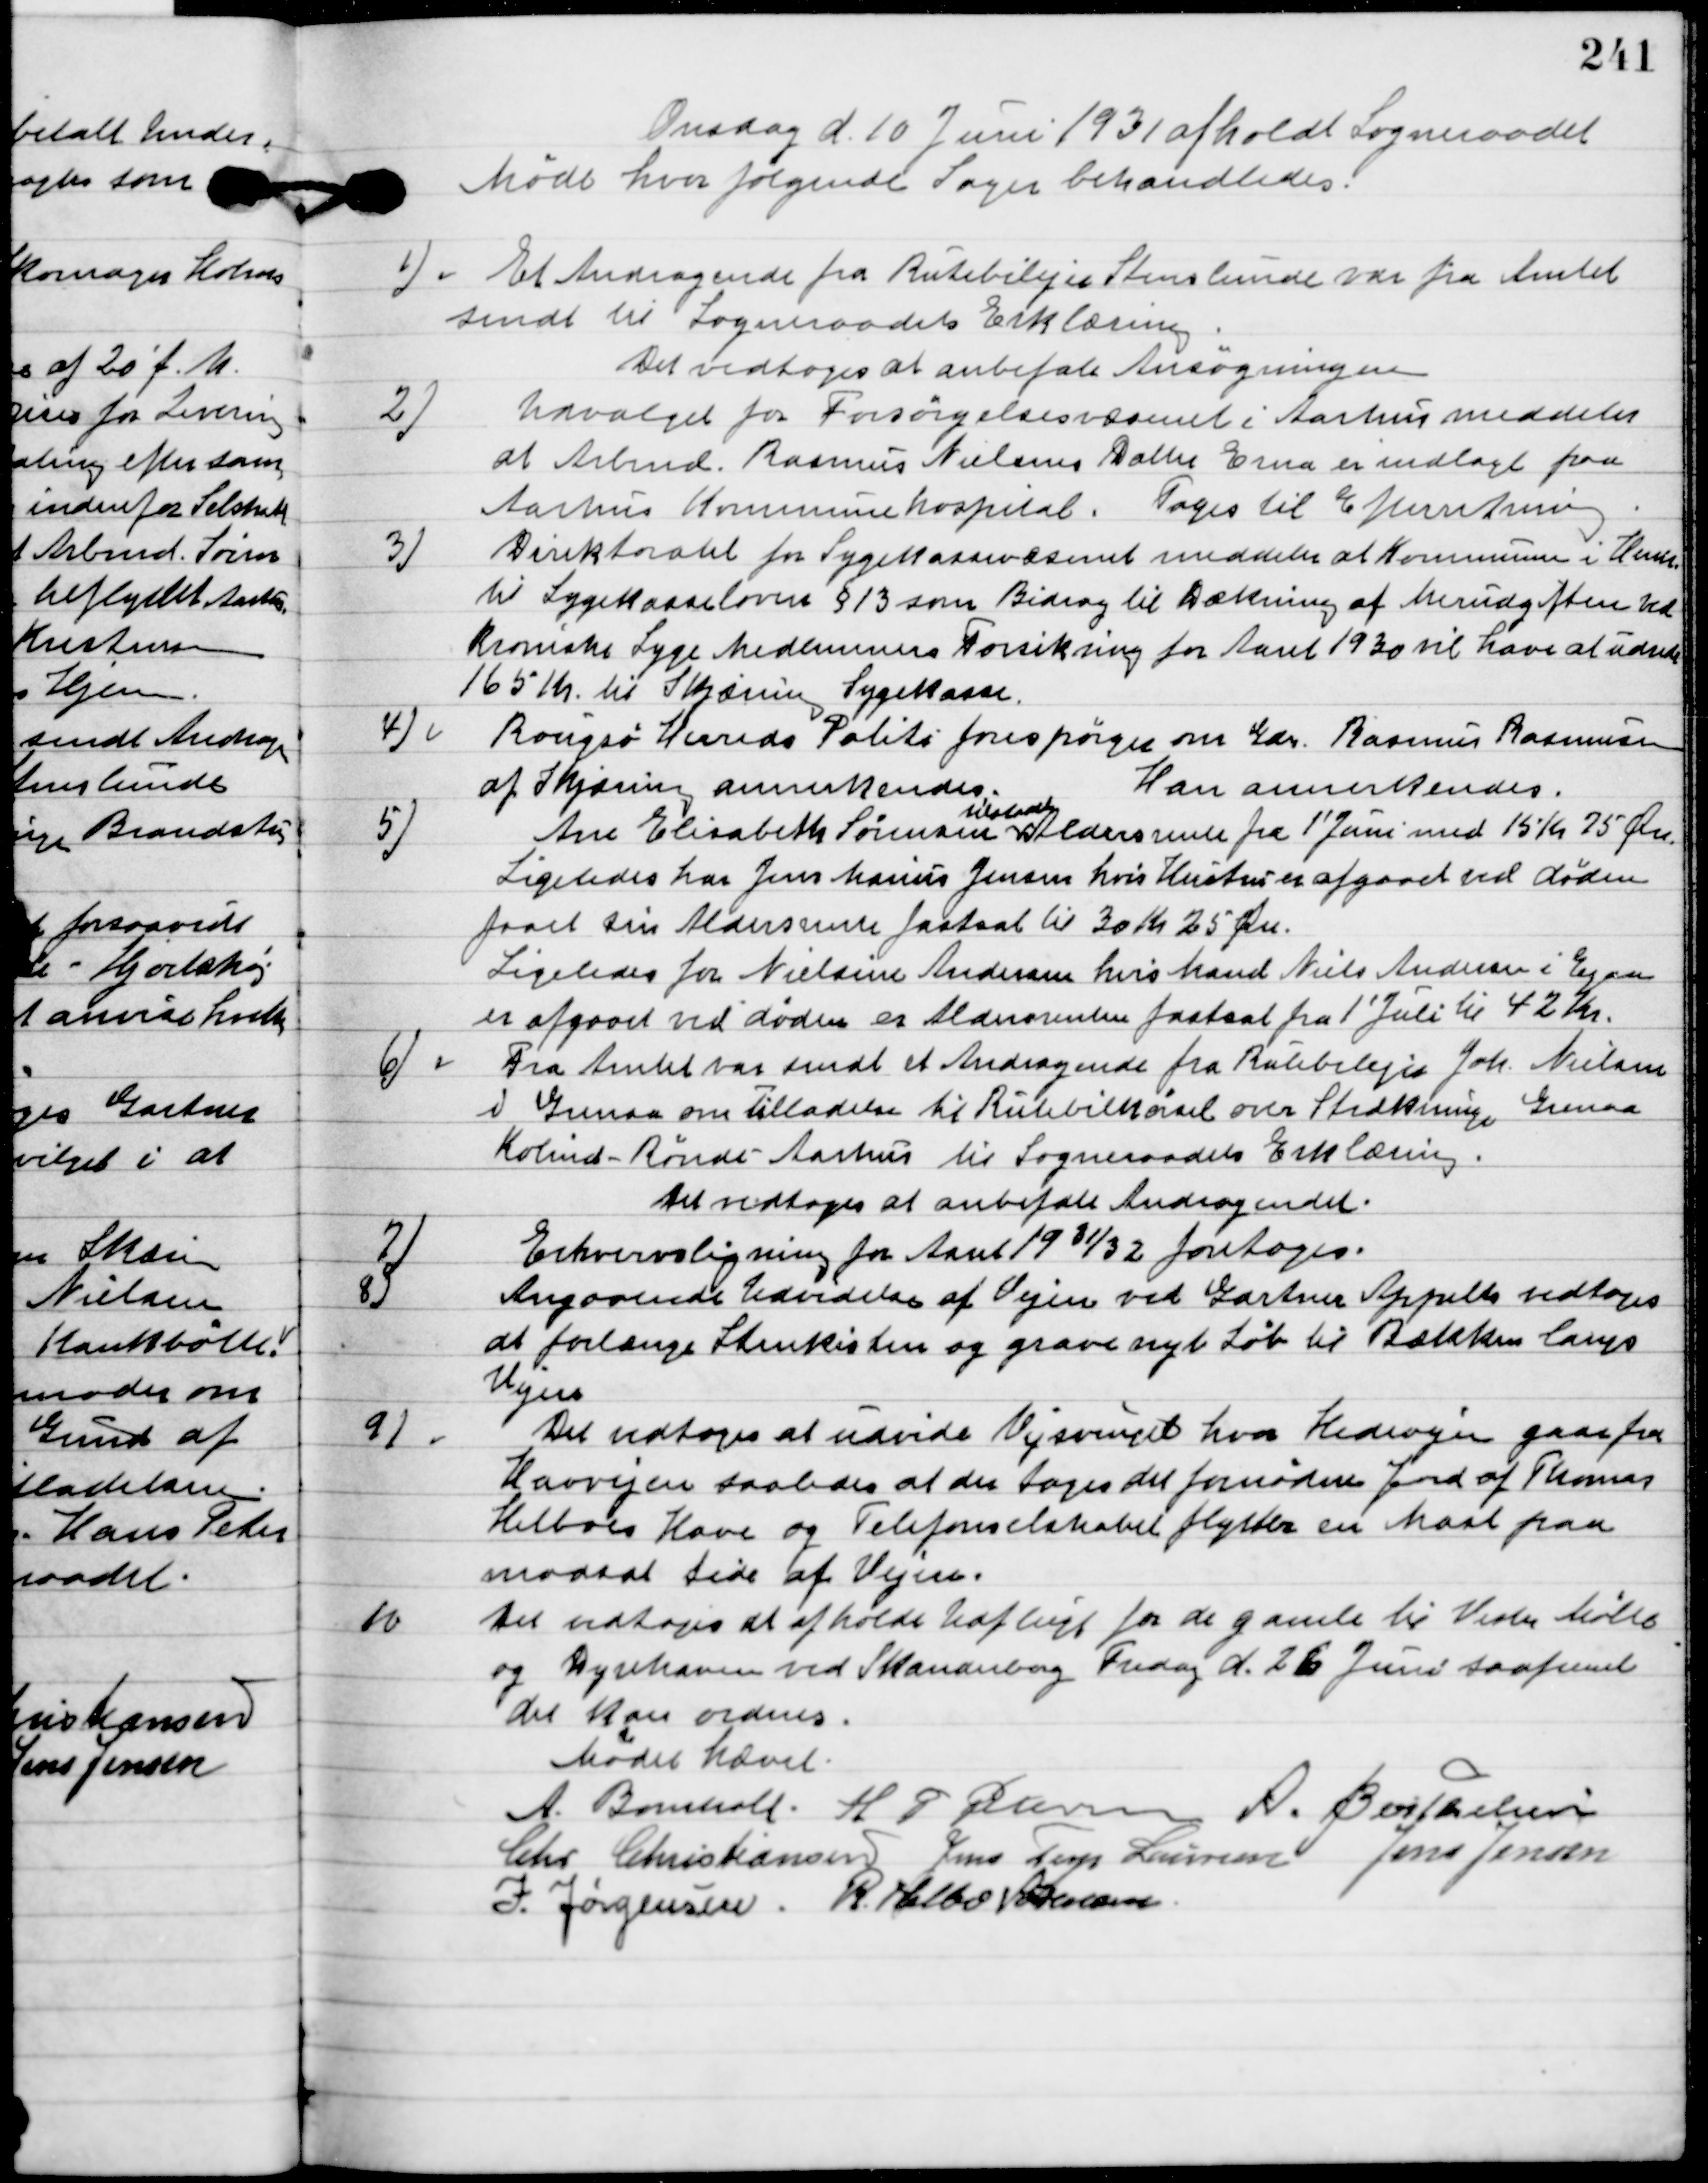
Transskription:
Onsdag d. 10. Juni 1931 afholdt Sogneraadet
Møde hvor følgende sager behandledes.

1

Et Andragende fra Rutebilejer Stenlunde var fra Amtet
sent til Sogneraadets Erklæring.
Det vedtoges at anbefale Ansøgningen.

2

Udvalget for Forsørgelsesvæsenet i Aarhus meddeler
at Arbmd. Rasmus Nielsens Datter Erna er indlagt paa
 Aarhus Kommunehospital.
Toges til Efterretning.

3

Direktoratet for Sygekassevæsenet meddeler at Kommunen i Henhold
til Sygekasseloven § 13 som Bidrag til Dækning af Merudgiften efter ved
Kroniske Syge Medlemmers forsikring for Aaret 1930 vil have at udrede
165 Kr. til Skjæring Sygekasse.

4

Rougsø Herreds Politi forespørger om Gdr. Rasmus Rasmussen
af Skjæring annerkendes.
Han Annerkendes.

5

Ane Elisabeth Sørensen
tilstodes
Aldersrente fra 1´ juni med 15 Kr. 75 Øre
Ligeledes har Jens Marius Jensen hvis Hustru er afgaaet ved døden
faaet sin Aldersrente fastsat til 30 Kr. 25 Øre.
Ligeledes for Nielsine Andersen hvis Mand Niels Andersen i Egaa
er afgaaet ved døden er Aldersrenten fastsat fra 1´ Juli til 42 Kr.

6

Fra Amtet var sendt et Andragende fra Rutebilejer Joh. Nielsen
 i Grenaa om tilladelse til Rutebilkørsel over Strækningen Grenaa-
Kolind-Rønde-Aarhus til Sogneraadets Erklæring.
Det vedtoges at anbefale Andragendet.

7

Erhvervsligning for Aaret 1931/32 foretoges.

8

Andragendet Udvidelse af Vejen ved Gartner Appelts vedtoges
at forlænge Stenkisten og grave nyt Løb til Bækken langs
Vejen.

9

Det vedtoges at udvide Vejsvinget hvor Hedevejen gaar fra
Havvejen saaledes at der toges det fornødne Jord af Thomas
Helboes Have og Telefonselskabet flyttes en Mast paa
modsat side af Vejen.

10

Det vedtoges at afholde udflugt for de gamle til Vester Mølle
og Dyrehaven ved Skanderborg Fredag d. 26. Juni saafremt
det kan ordnes.

Mødet hævet.

A. Bomholt
H. P. Petersen
A. Berthelsen
Chr. Christiansen
Jens Terp Laursen
Jens Jensen
I. Jørgensen
R. Helbo Sørensen